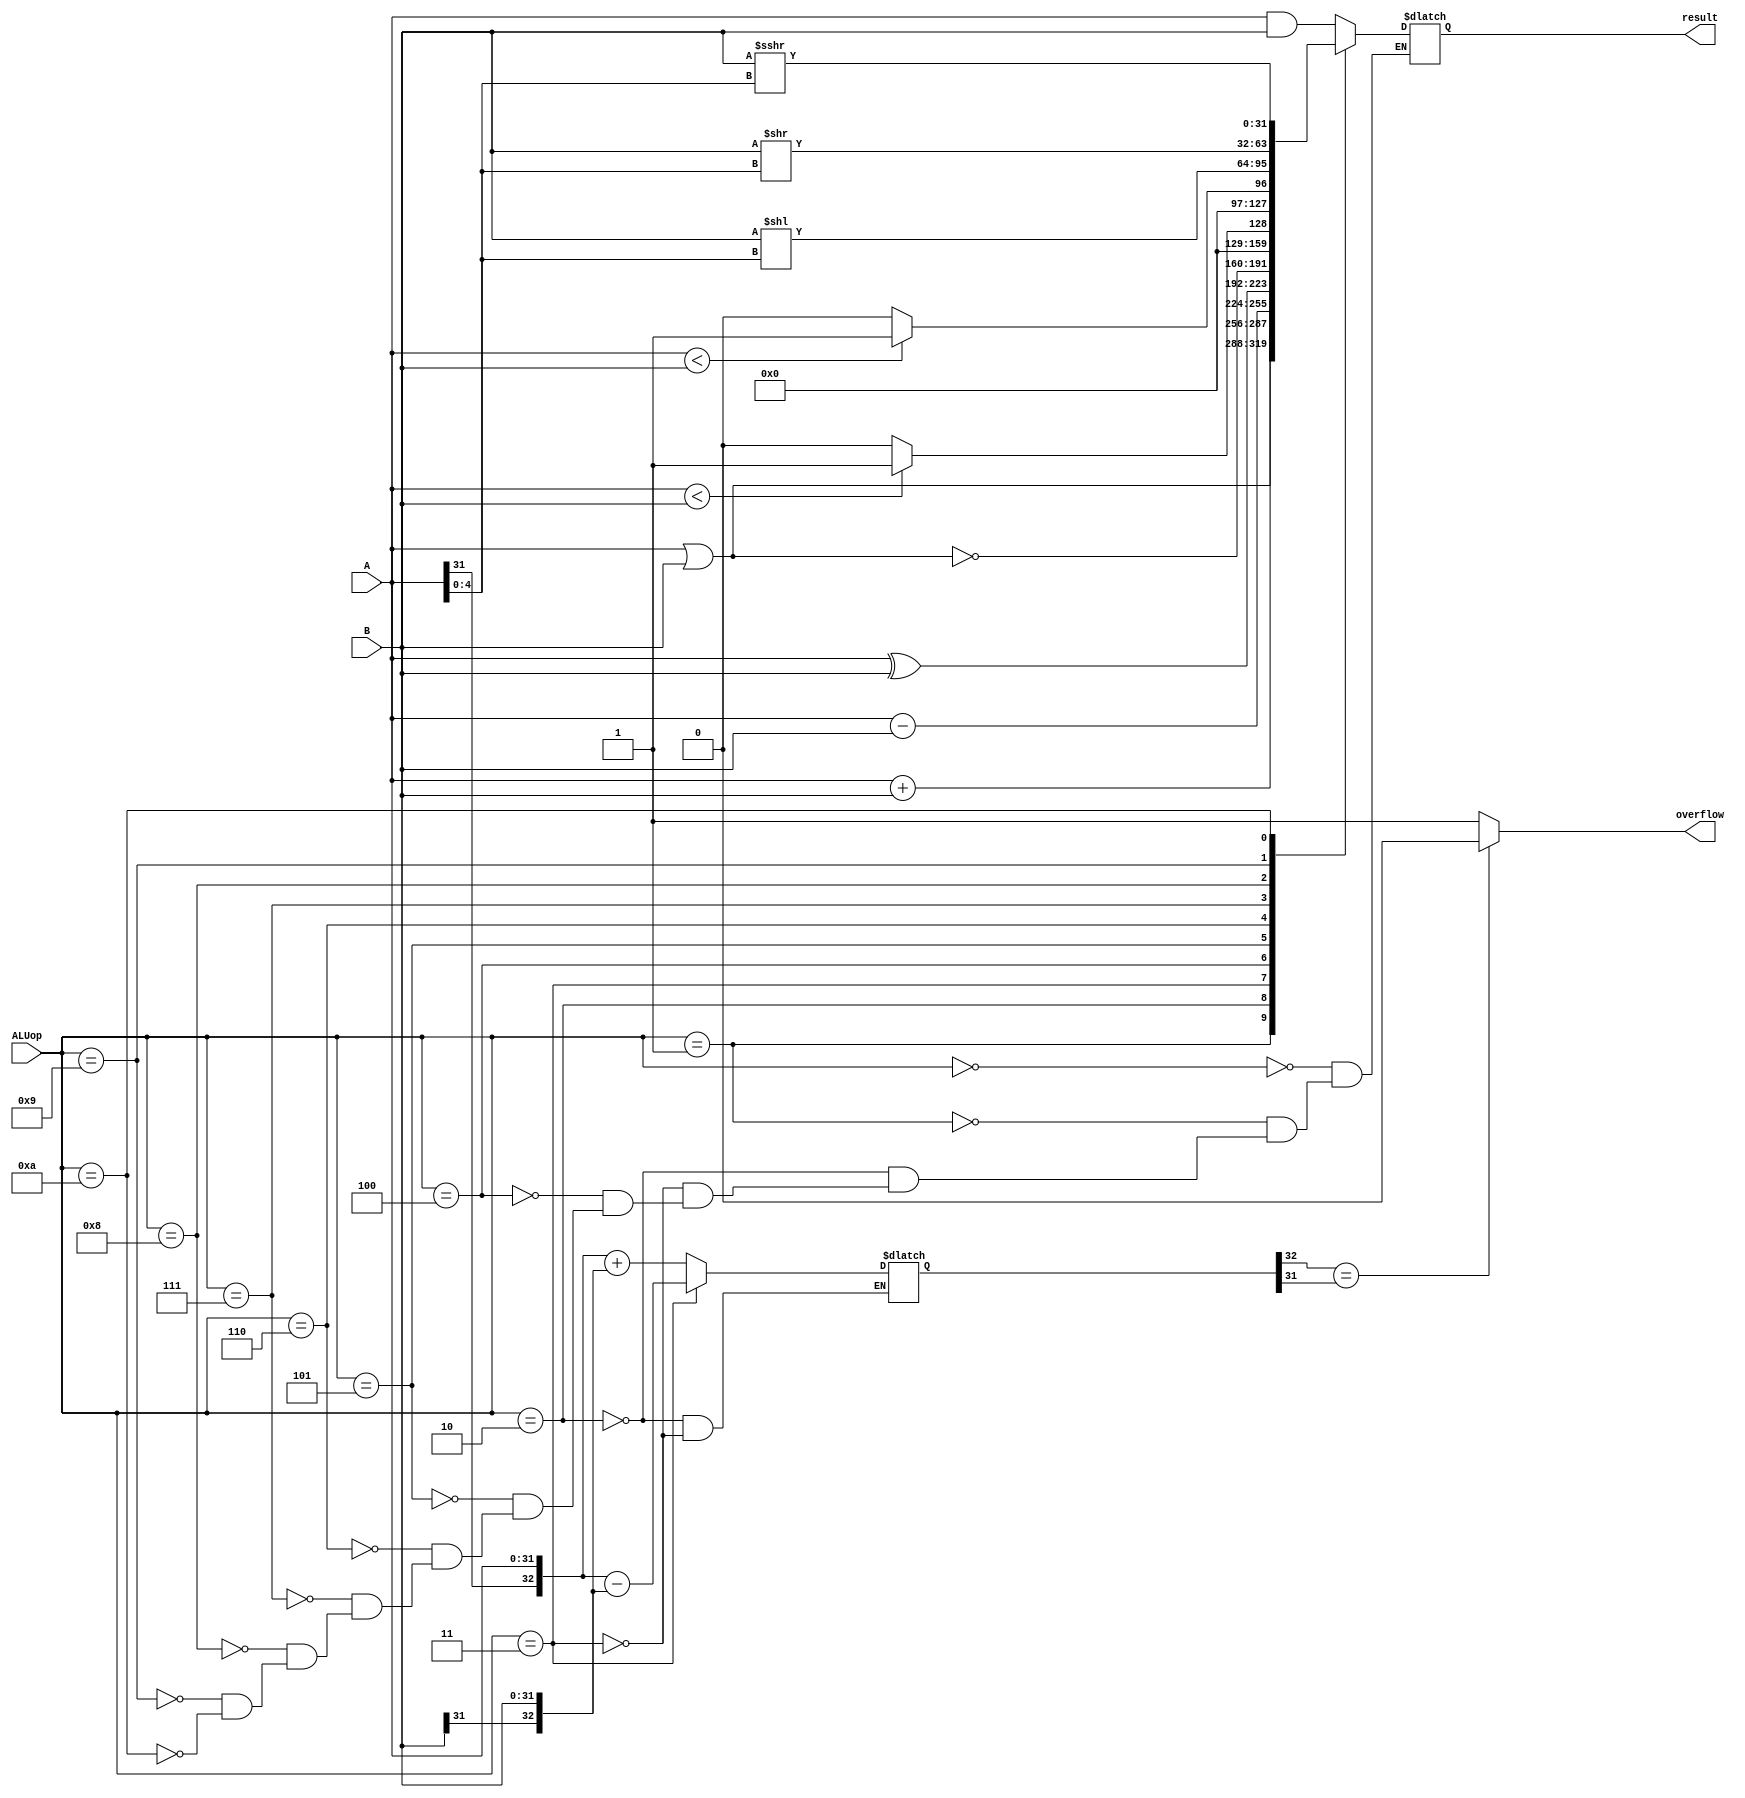
module ALU(
	input [31:0] A,
	input [31:0] B,
	input [3:0] ALUop,
	output reg [31:0] result,
	output overflow
    );
initial begin
	over=0;
end
reg [32:0] over;
assign overflow=(over[32]==over[31])?0:1;
always @(*)begin
	case(ALUop)
	0: result=A&B;
	1: result=A|B;
	2: begin 
	   result=A+B;
		over={A[31],A}+{B[31],B};
	end
	3: begin 
	   result=A-B;
	   over={A[31],A}-{B[31],B};
	end 
	4: result=A^B;
	5: result=~(A|B);
	6: result=($signed(A)<$signed(B))?1:0;
	7: result=(A<B)?1:0;
	8: result=B<<A[4:0];
	9: result=B>>A[4:0];
	10: result=$signed(B)>>>A[4:0];
	endcase
end

endmodule